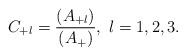
LaTeX: \begin{align*}C_{+l}=\frac{{}(A_{+l})}{{}(A_{+})},~l=1, 2, 3.\end{align*}